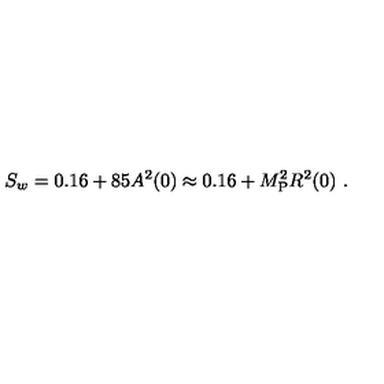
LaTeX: S _ { w } = 0 . 1 6 + 8 5 A ^ { 2 } ( 0 ) \approx 0 . 1 6 + M _ { \mathrm { P } } ^ { 2 } R ^ { 2 } ( 0 ) \ .